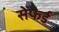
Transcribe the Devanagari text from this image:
सेफर्ड